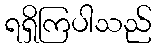
ရရှိကြပါသည်